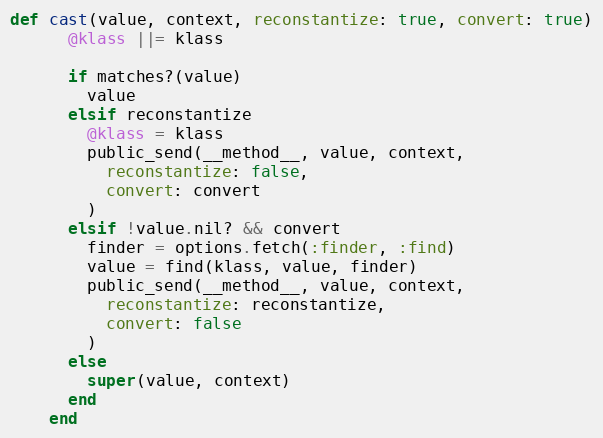
Language: Ruby
def cast(value, context, reconstantize: true, convert: true)
      @klass ||= klass

      if matches?(value)
        value
      elsif reconstantize
        @klass = klass
        public_send(__method__, value, context,
          reconstantize: false,
          convert: convert
        )
      elsif !value.nil? && convert
        finder = options.fetch(:finder, :find)
        value = find(klass, value, finder)
        public_send(__method__, value, context,
          reconstantize: reconstantize,
          convert: false
        )
      else
        super(value, context)
      end
    end